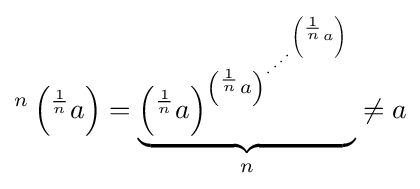
{}^{n}\left({}^{\frac {1}{n}}a\right)=\underbrace {\left({}^{\frac {1}{n}}a\right)^{\left({}^{\frac {1}{n}}a\right)^{\cdot ^{\cdot ^{\cdot ^{\cdot ^{\left({}^{\frac {1}{n}}a\right)}}}}}}} _{n}\neq a